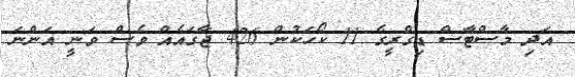
އަދި މާސްޓާސް ޑިގްރީގެ 11 ކޯހަކުން 426 ޖާގައެއް ވެސް ވަނީ އަންނަ